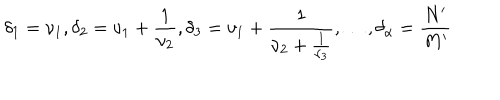
LaTeX: \delta _ { 1 } = \nu _ { 1 } , \delta _ { 2 } = \nu _ { 1 } + \frac { 1 } { \nu _ { 2 } } , \delta _ { 3 } = \nu _ { 1 } + \frac { 1 } { \nu _ { 2 } + \frac { 1 } { \nu _ { 3 } } } , \dots , \delta _ { \alpha } = \frac { N ^ { \prime } } { M ^ { \prime } }